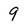
Character: 9